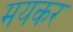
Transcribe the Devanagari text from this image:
मयकर